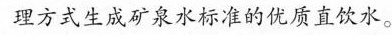
理方式生成矿泉水标准的优质直饮水。